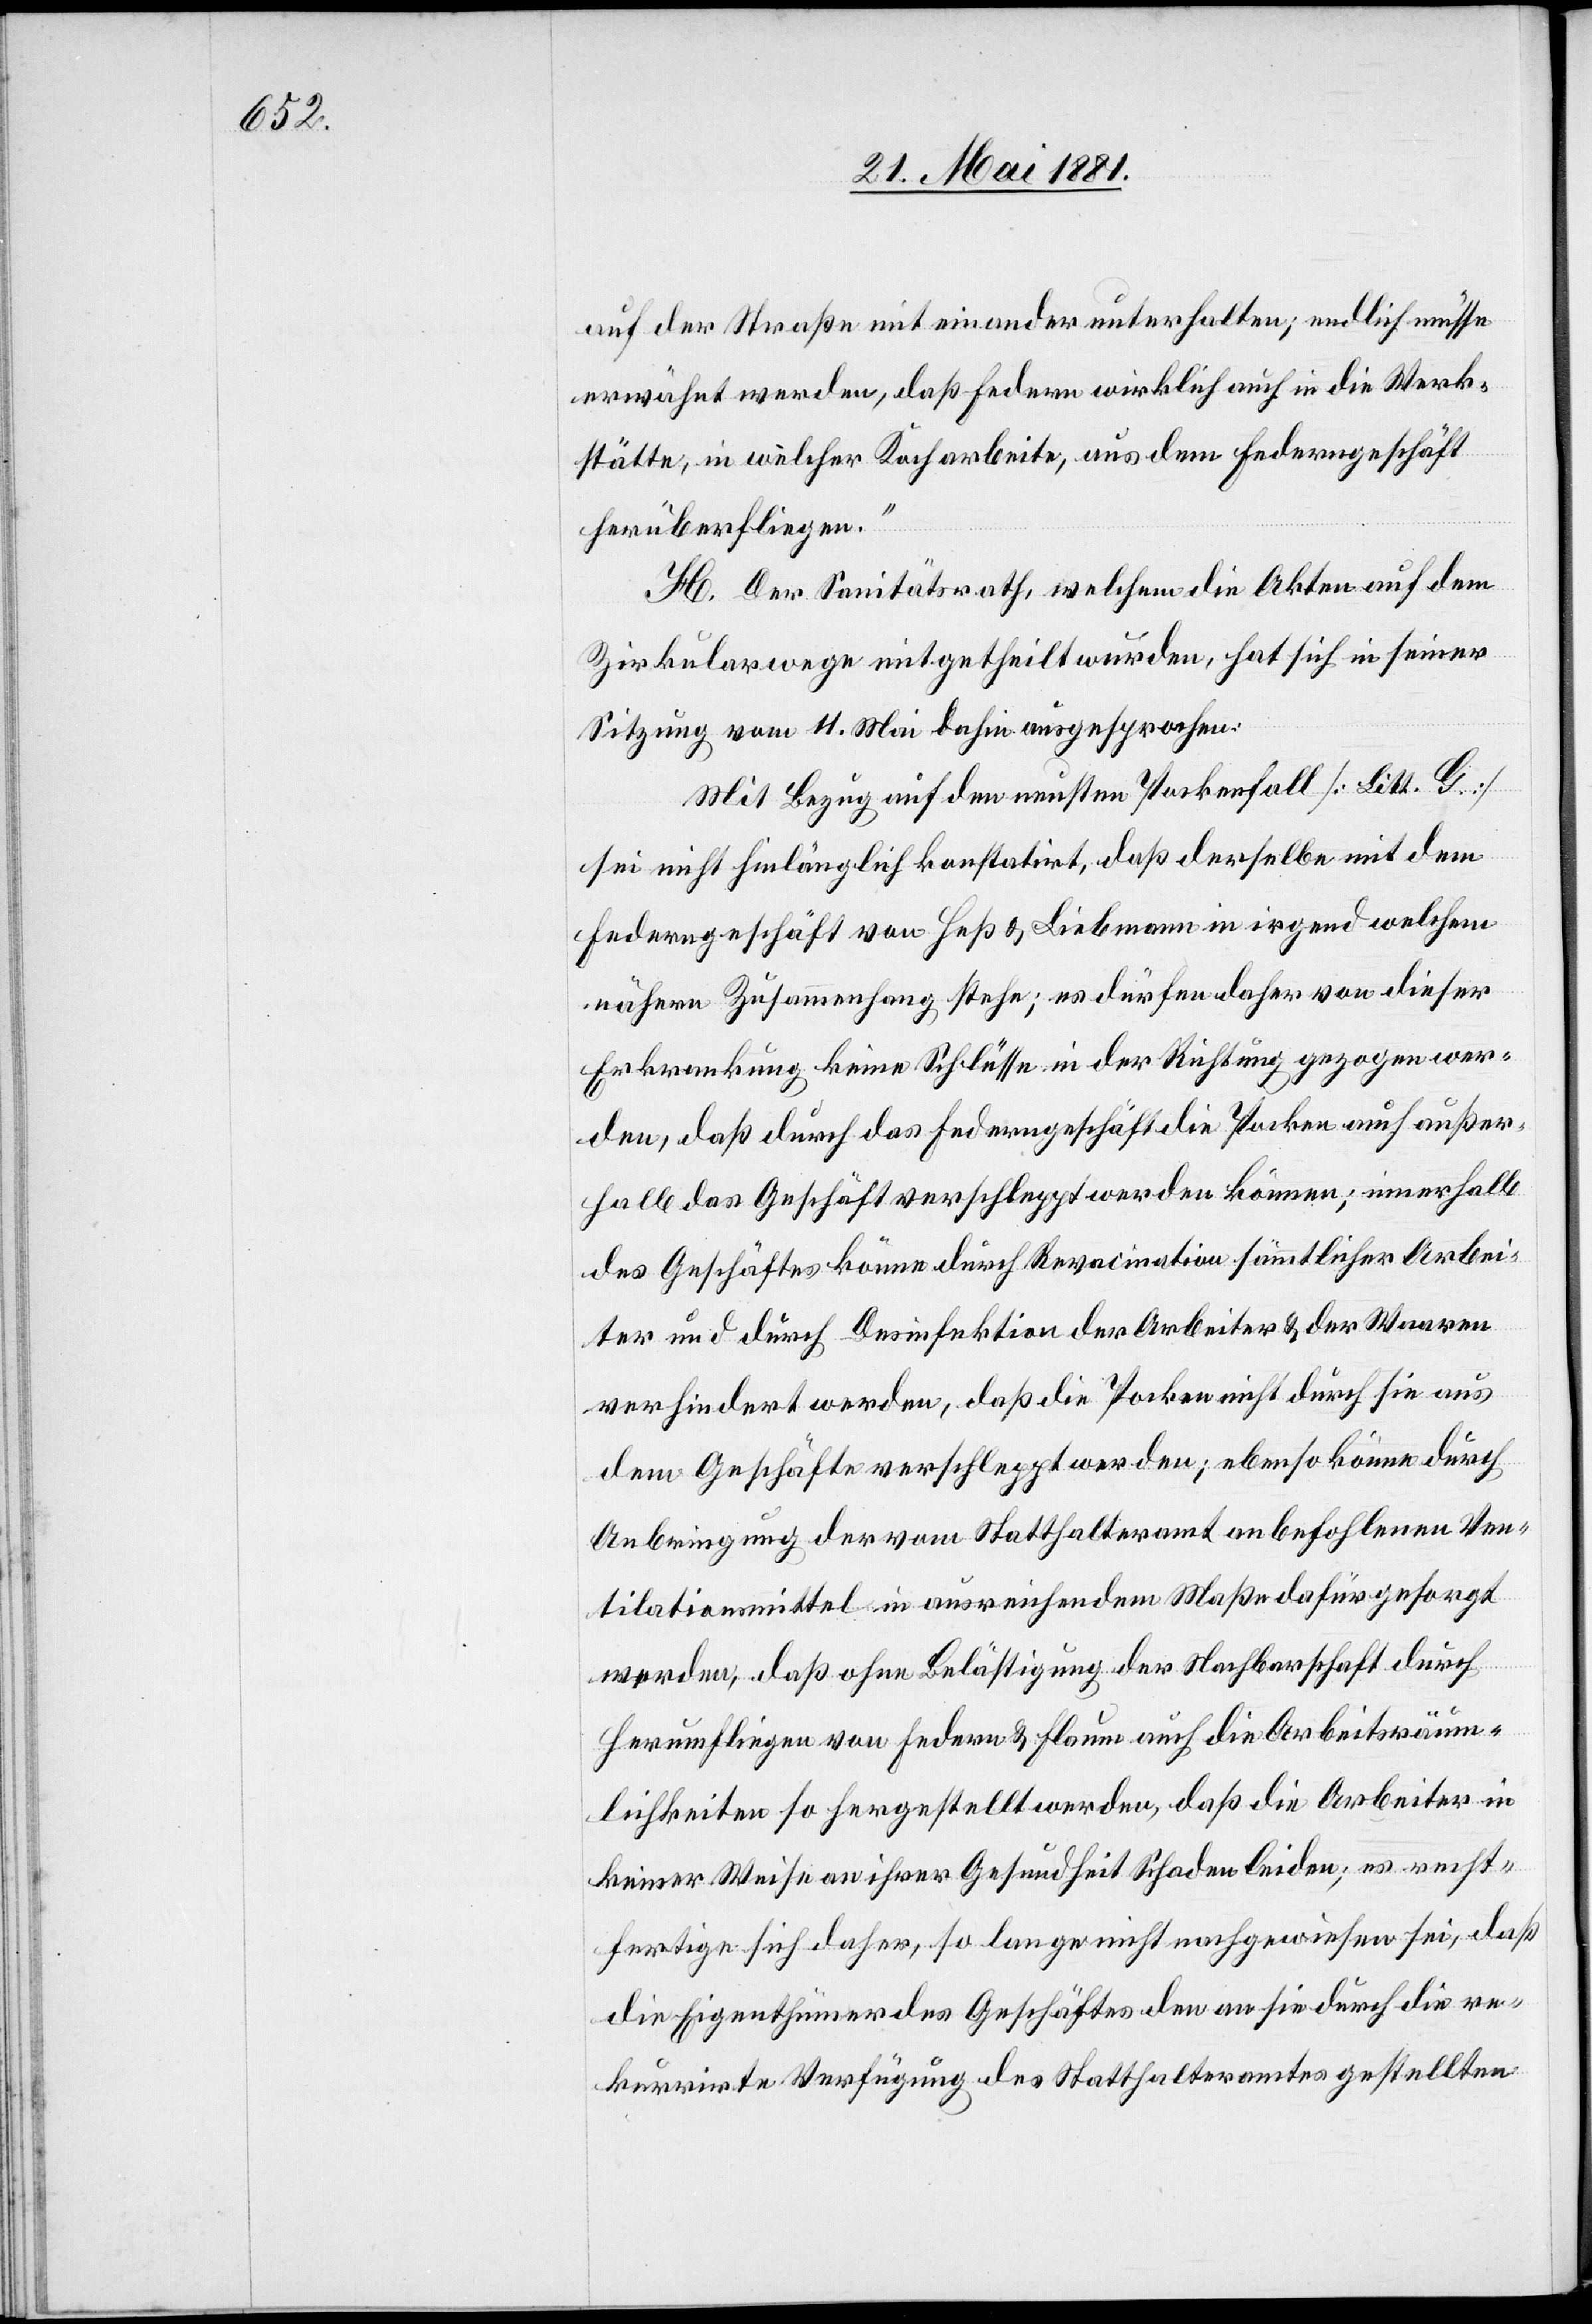
auf der Straße mit einander unterhalten; endlich müsse
erwähnt werden, daß Federn wirklich auch in die Werk¬
stätte, in welcher Koch arbeite, aus dem Federngeschäft
herüberfliegen.“
H. Der Sanitätsrath, welchem die Akten auf dem
Zirkularwege eingetheilt wurdem, hat sich in seiner
Sitzung vom 11. Mai dahin ausgesprochen:
Mit Bezug auf den neusten Pockenfall [Litt. B.]
sei nicht hinlänglich konstatirt, daß derselbe mit dem
Federgeschäft von Heß & Liebmann in irgend welchem
nähern Zusammenhang stehe; es dürfen daher von dieser
Erkrankung keine Schlüsse in der Richtung gezogen wer¬
den, daß durch das Federgeschäft die Pocken auch außer¬
halb das Geschäft verschleppt werden können; innerhalb
des Geschäftes könne durch Reanimation sämmtlicher Arbei¬
ter und durch Desinfektion der Arbeiter & der Waren
verhindert werden, daß die Pocken nicht durch sie aus
dem Geschäfte verschleppt werden; ebenso könne durch
Anbringung der vom Statthalteramt anbefohlenen Ven¬
tilationsmittel in ausreichendem Maße dafür gesorgt
werden, daß ohne Belästigung der Nachbarschaft durch
herumfliegen von Federn & Flaum auch die Arbeitsräum¬
lichkeiten so hergestellt werden, daß die Arbeiter in
keiner Weise an ihrer Gesundheit Schaden leiden; es recht¬
fertige sich daher, so lange nicht nachgewiesen sei, daß
die Eigenthümer des Geschäftes den an sie durch die re¬
kurrirte Verfügung des Statthalteramtes gestellten